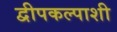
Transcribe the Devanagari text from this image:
द्वीपकल्पाशी